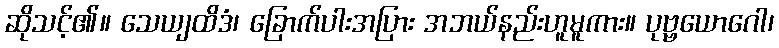
ဆိုသင့်၏။ သေယျထိဒံ၊ ခြောက်ပါးအပြား အဘယ်နည်းဟူမူကား။ ပုဗ္ဗယောဂေါ၊